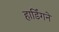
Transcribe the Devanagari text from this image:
हार्डिंगने